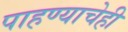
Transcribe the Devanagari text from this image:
पाहण्याचेही